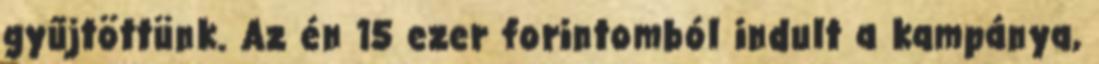
gyűjtöttünk. Az én 15 ezer forintomból indult a kampánya,